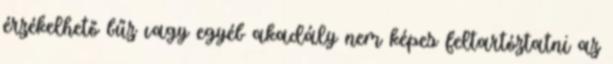
érzékelhető bűz vagy egyéb akadály nem képes feltartóztatni az